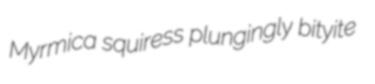
Myrmica squiress plungingly bityite